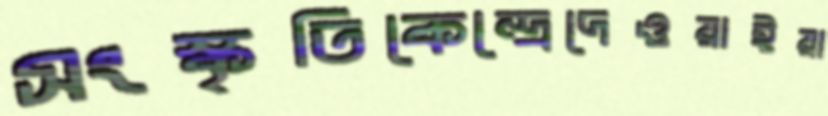
সংস্কৃতিকেন্দ্রেদেওয়াইয়া